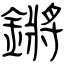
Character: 鏘